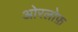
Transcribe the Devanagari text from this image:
ओरलोफ़